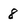
Character: 8